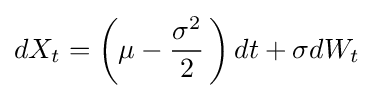
dX_{t}=\left(\mu -{\frac {\sigma ^{2}}{2}}\,\right)dt+\sigma dW_{t}